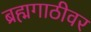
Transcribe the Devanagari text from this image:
ब्रह्मगाठीवर